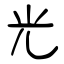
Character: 光